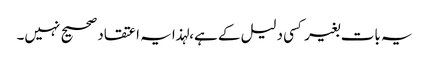
یہ بات بغیر کسی دلیل کے ہے،لہذا یہ اعتقاد صحیح نہیں۔